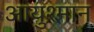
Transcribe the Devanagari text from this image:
आयुश्मान